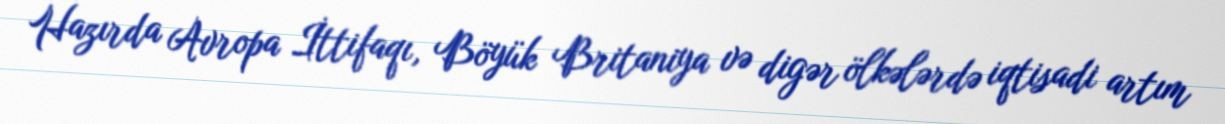
Hazırda Avropa İttifaqı, Böyük Britaniya və digər ölkələrdə iqtisadi artım